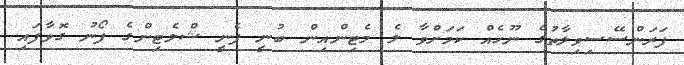
ފަރަންސޭސިވިލާތުގެ ނޫހެއް ކަމަށްވާ ލެ މެޓިންއިން ބުނީ ފެނީ ޝްލެޓިންގެ ފޯނު ގޮވާފައި